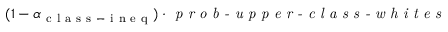
( 1 - \alpha _ { \mathrm { ~ c ~ l ~ a ~ s ~ s ~ - ~ i ~ n ~ e ~ q ~ } } ) \cdot \textit { p r o b - u p p e r - c l a s s - w h i t e s }